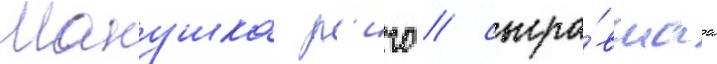
Манушка р'иго / сыгра́вшаа